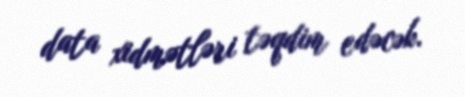
data xidmətləri təqdim edəcək.